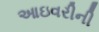
આઇવરીની